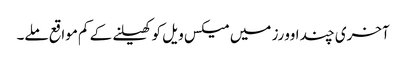
آخری چند اوورز میں میکس ویل کو کھیلنے کے کم مواقع ملے۔